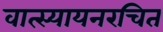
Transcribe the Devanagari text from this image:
वात्स्यायनरचित